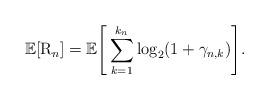
LaTeX: \begin{align*}\mathbb{E}[\mathrm{R}_{n}]=\mathbb{E}\Bigg[\sum\limits_{k=1}^{k_{n}}\log_{2}(1+\gamma_{n,k})\Bigg]. \end{align*}